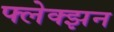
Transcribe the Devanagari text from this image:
फ्लेक्झन